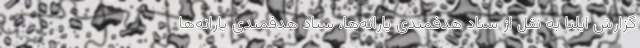
گزارش ایلنا به نقل از ستاد هدفمندی یارانه‌ها، ستاد هدفمندی یارانه‌ها